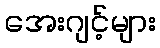
အေးဂျင့်များ